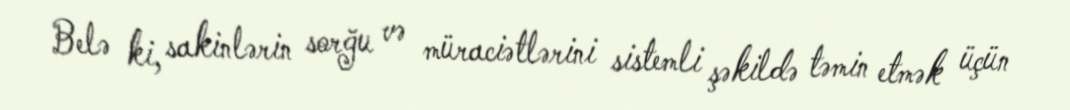
Belə ki, sakinlərin sorğu və müraciətlərini sistemli şəkildə təmin etmək üçün